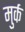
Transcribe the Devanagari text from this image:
मुर्क